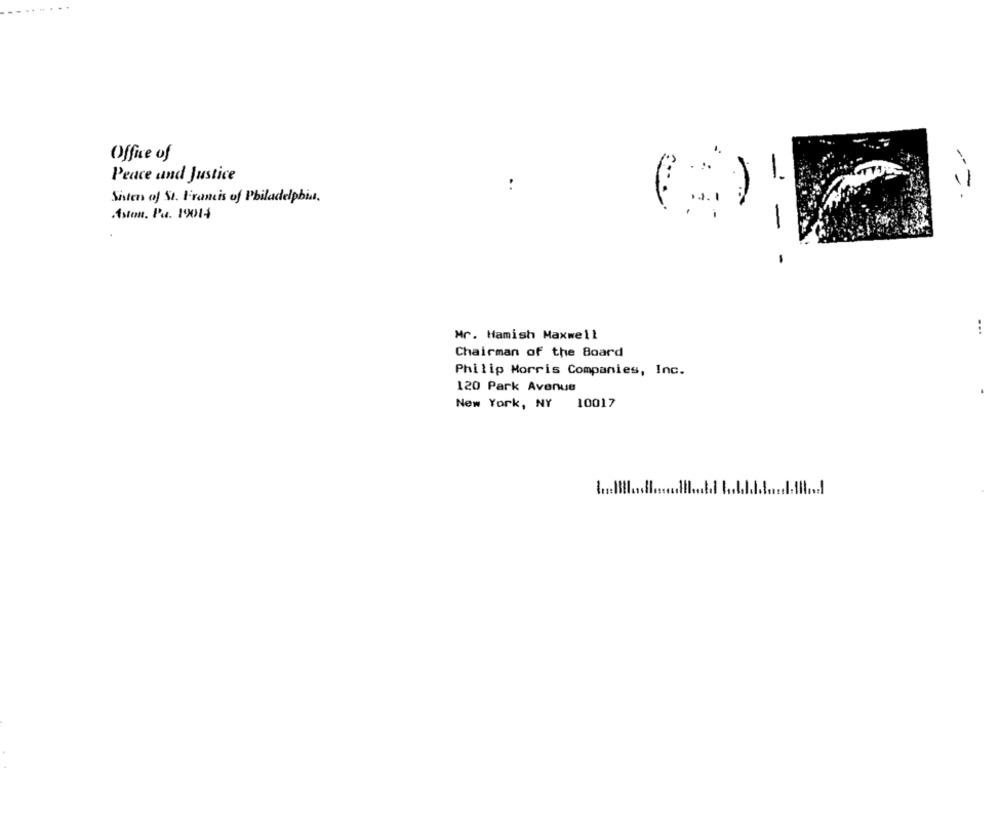
Office of
Peace and Justice
-
-=-
Siten of St. Francis of Philadelphiat.
Aston. Pa. 19014
...
Mr. Hamish Maxwell
Chairman of the Board
Philip Morris Companies, Inc.
120 Park Avenue
New York, NY
10017